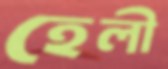
হেলী